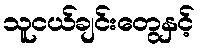
သူငယ်ချင်းတွေနှင့်